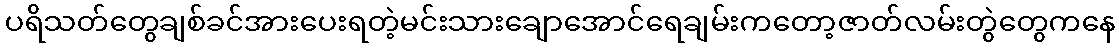
ပရိသတ်တွေချစ်ခင်အားပေးရတဲ့မင်းသားချောအောင်ရေချမ်းကတော့ဇာတ်လမ်းတွဲတွေကနေ